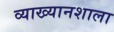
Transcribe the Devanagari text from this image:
व्याख्यानशाला